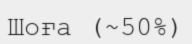
Шоға (~50%)